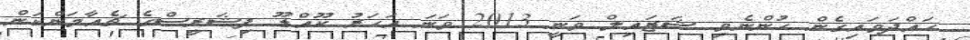
ހައްދަވައިގެން ހުންނެވި ޝަޒައިލް ވަނީ 2013 ވަނަ އަހަރު ކޫއްޑޫ ފިޝަރީސްގެ ޗެއާމަންކަން